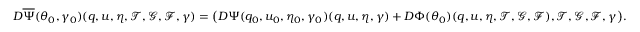
D \overline { { \Psi } } ( \theta _ { 0 } , \gamma _ { 0 } ) ( q , u , \eta , \mathcal { T } , \mathcal { G } , \mathcal { F } , \gamma ) = \big ( D \Psi ( q _ { 0 } , u _ { 0 } , \eta _ { 0 } , \gamma _ { 0 } ) ( q , u , \eta , \gamma ) + D \Phi ( \theta _ { 0 } ) ( q , u , \eta , \mathcal { T } , \mathcal { G } , \mathcal { F } ) , \mathcal { T } , \mathcal { G } , \mathcal { F } , \gamma \big ) .